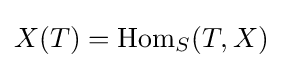
X(T)=\operatorname {Hom} _{S}(T,X)